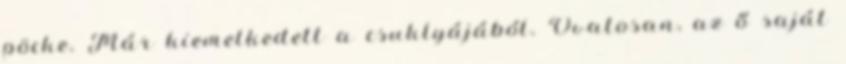
pöcke. Már kiemelkedett a csuklyájából. Óvatosan, az ő saját